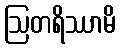
ဩတရိဿာမိ